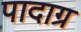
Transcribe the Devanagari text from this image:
पादाग्र